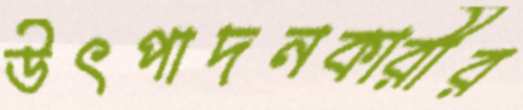
উৎপাদনকারীর